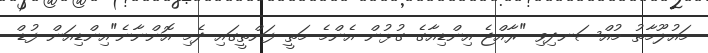
މައުލޫމާތު މުއްސަނދިވި "ރާއްޖެ-އިންޑިއާގެ ގުޅުން އެންމެ މަތީ ފަންތީގައި ދެމި އޮންނާނެ"އިންޑިއަން ފުޑް